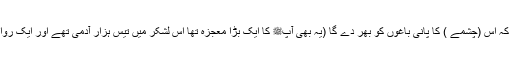
اگر تیری زندگی رہی تو تو دیکھے گا کہ اس (چشمے ) کا پانی باغوں کو بھر دے گا (یہ بھی آپﷺ کا ایک بڑا معجزہ تھا اس لشکر میں تیس ہزار آدمی تھے اور ایک روایت میں ہے کہ ستر ہزار آدمی تھے )۔